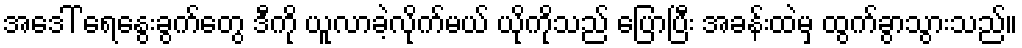
အဒေါ် ရေနွေးခွက်တွေ ဒီကို ယူလာခဲ့လိုက်မယ် ယိုကိုသည် ပြောပြီး အခန်းထဲမှ ထွက်ခွာသွားသည်။